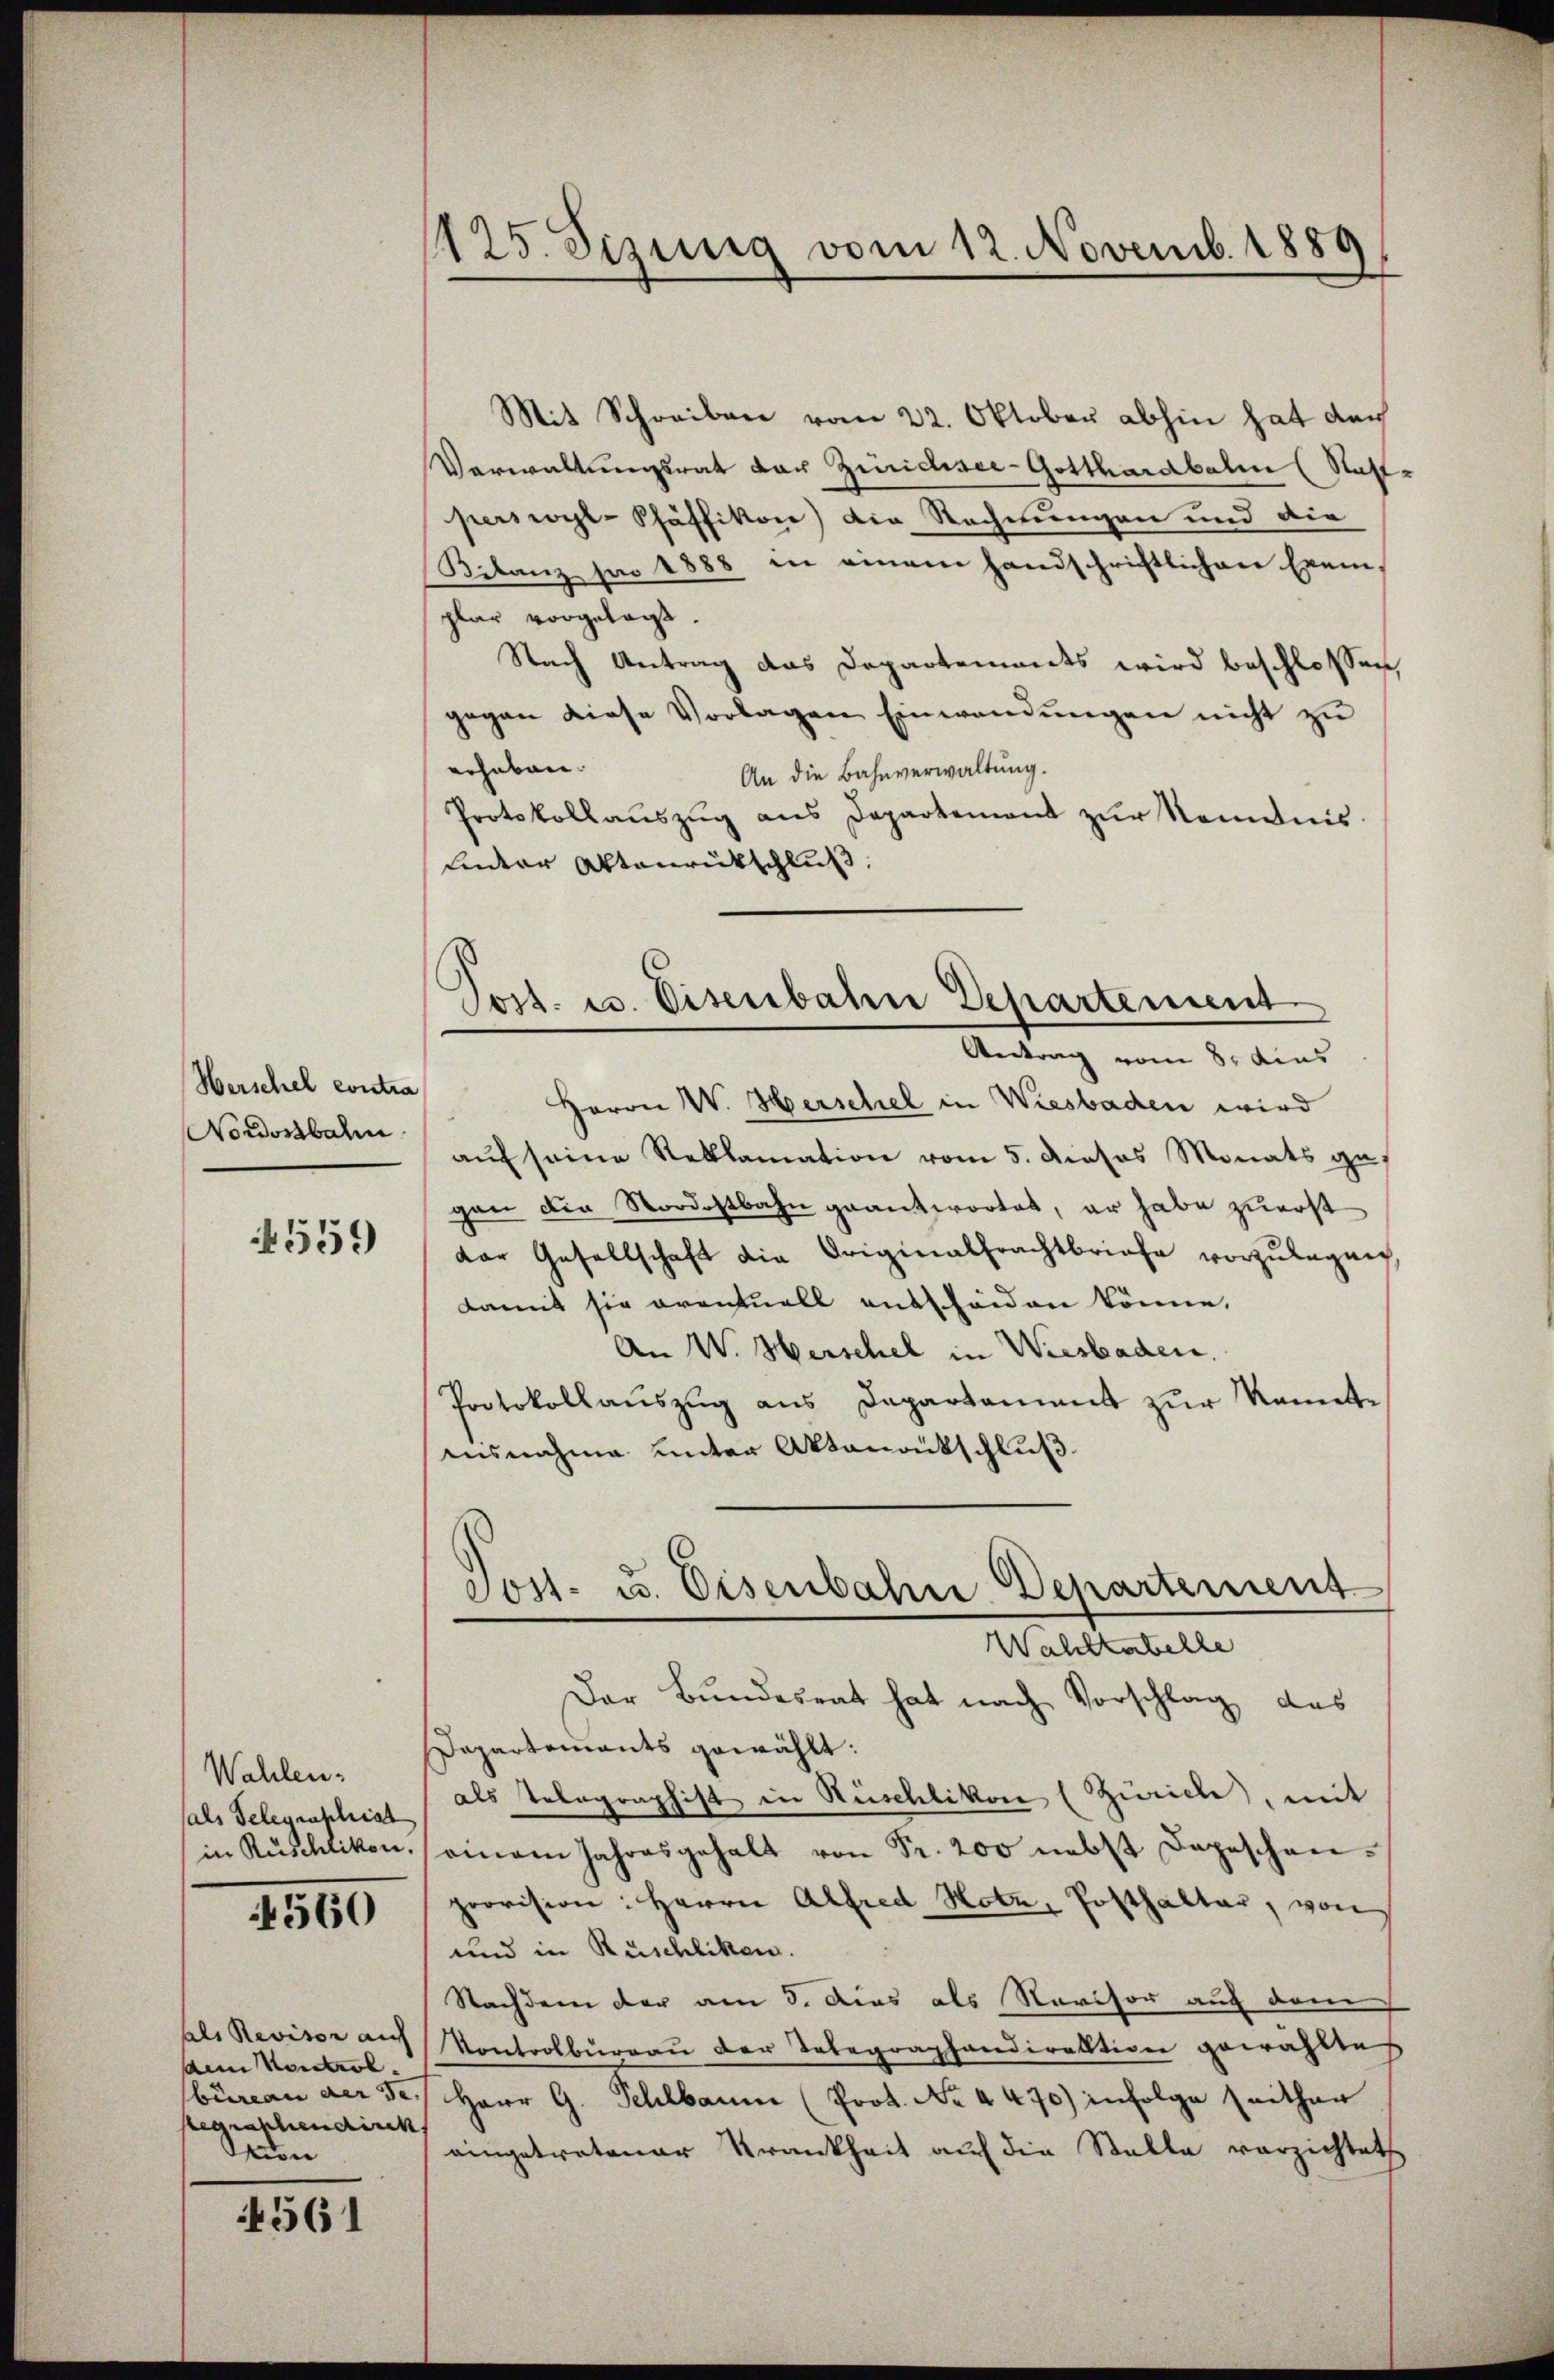
Herschel contra
Nordostbahn

4559

Wahlen.
sals Telegenschrist
in Rüschlikon.

560

als Revisor auf
dem Kontrol.
büreau der de
begrapherndirek
ion

4561

125. Sezing vom 12. Novemb. 1880

Mit Schreiben vom 22. Oktober abhin hat dar
Verwaltungsrat der Zürichsee-Gotthardbahn (Staff-
perswyl-Pfäffikon) die Rechnungen und die
Bilanz pro 1888 in einem handschriftlichen Exemplar vorgelage.
Nach Antrag das Departements wird beschlossen,
gegen diese Vorlagen Einwendŭngen nicht zŭ
erheben.
An die Bahnverwaltung.
Protokollaŭszŭg ans Departement zŭr Nominis
Ander Aktenrückschluß
Herrn W. Herschel in Wiesbaden wird
aŭf seine Reklamation vom 5. dieses Monats gegan die Nordostbahn geantwortet, er habe zuerst
dor Gesellschaft die Originalfrachtbriefe vorzŭlegnen,
damit sie eventuell entschenden könne.
An W. Herschel in Wiesbaden,
Protokollauszug aus Departement zur Kenntausnahme unter Aktenantschluß.
Tost- u. Eisenbahre Departement
Wahlkabelle
Der Bundesrat hat nach Vorschlag des
Departements gewählt:
als Telegraphist in Heischlikon (Zürich, mit
einem Jahresgehalt von Fr. 200 nebst Depeschen.
provision: Herrn Alfred Hotz, Posthalter, von
und in Rüschliken.
Nachdem der am 3. Aus als Novisor auf dem
Kontrolburgau der Telegraphandirektion gewähltes
Herr G. Fehlbaum (Prot. No. 4470) infolge seither
eingetretener Krankheit auf die Stalle verzichtet

Pord. 23. Eisenbahn Departement
Antrag vom 8. dies